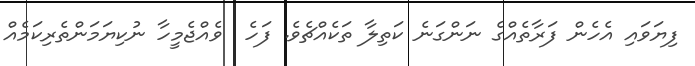
ފިޔަވައި އެހެން ފަރާތެއްގެ ނަންގަނެ ކަތިލާ ތަކެއްޗެވެ. ފަހެ  ވެއްޖެމީހާ ނުކިޔަމަންތެރިކަމެއް